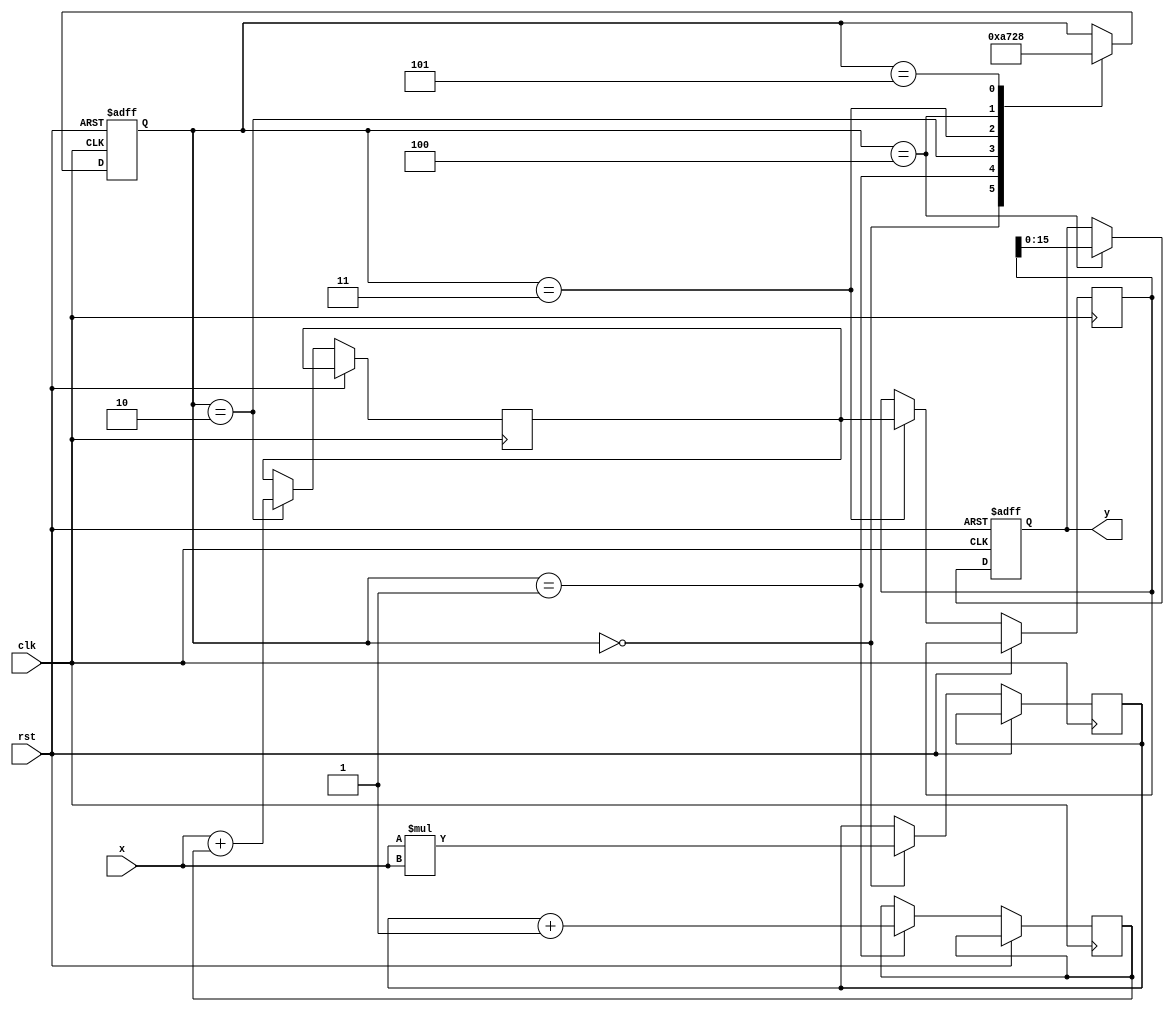
module asinh (
    input signed [15:0] x,       // Input: 16-bit signed fixed-point number
    output reg signed [15:0] y,   // Output: 16-bit signed fixed-point number
    input clk,                   // Clock signal
    input rst                    // Reset signal
);
    reg signed [31:0] x_squared; // Intermediate storage for x^2
    reg signed [31:0] sqrt_result; // Intermediate storage for sqrt(x^2 + 1)
    reg signed [31:0] add_result; // Intermediate storage for x + sqrt(x^2 + 1)
    reg [2:0] state;             // FSM state
    reg [31:0] log_result;       // Intermediate storage for ln(x + sqrt(x^2 + 1))
    
    // FSM states
    localparam IDLE = 3'b000,
               SQUARE = 3'b001,
               SQRT = 3'b010,
               ADD = 3'b011,
               LOG = 3'b100,
               OUTPUT = 3'b101;

    // Square calculation
    always @(posedge clk or posedge rst) begin
        if (rst) begin
            state <= IDLE;
            y <= 0;
        end else begin
            case (state)
                IDLE: begin
                    x_squared <= x * x; // x^2
                    state <= SQUARE;
                end
                SQUARE: begin
                    // Assuming x_squared is ready
                    sqrt_result <= sqrt(x_squared + 32'h00000001); // sqrt(x^2 + 1)
                    state <= SQRT;
                end
                SQRT: begin
                    // Assuming sqrt_result is ready
                    add_result <= x + sqrt_result; // x + sqrt(x^2 + 1)
                    state <= ADD;
                end
                ADD: begin
                    // Assuming add_result is ready
                    log_result <= ln(add_result); // ln(x + sqrt(x^2 + 1))
                    state <= LOG;
                end
                LOG: begin
                    // Assuming log_result is ready
                    y <= log_result[15:0]; // Output result
                    state <= OUTPUT;
                end
                OUTPUT: begin
                    state <= IDLE; // Reset to IDLE for next input
                end
            endcase
        end
    end

    // Square root function (placeholder)
    function signed [31:0] sqrt;
        input signed [31:0] value;
        begin
            // Implement your square root calculation here (e.g., Newton-Raphson)
            sqrt = value; // Placeholder
        end
    endfunction

    // Logarithm function (placeholder)
    function signed [31:0] ln;
        input signed [31:0] value;
        begin
            // Implement your logarithm calculation here (e.g., CORDIC or lookup table)
            ln = value; // Placeholder
        end
    endfunction

endmodule